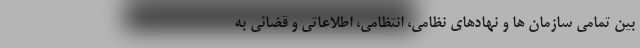
بین تمامی سازمان ها و نهادهای نظامی، انتظامی، اطلاعاتی و قضائی به